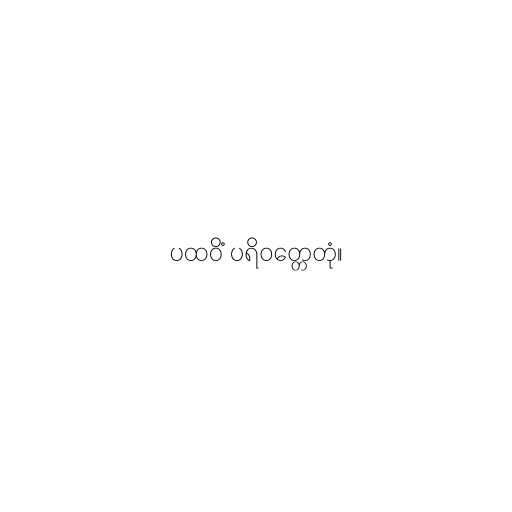
ပထဝိံ ပရိဝတ္တေတုံ။